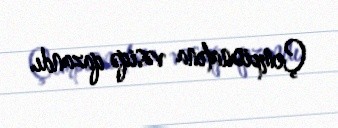
Çempionatına vəsiqə qazandı.